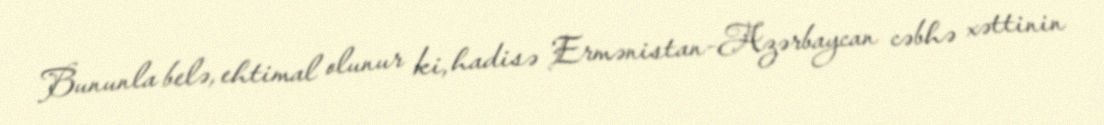
Bununla belə, ehtimal olunur ki, hadisə Ermənistan-Azərbaycan cəbhə xəttinin